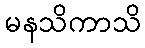
မနသိကာသိ